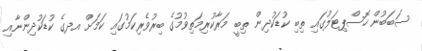
ސަބަބުން ހޮސްޕިޓަލުގައި ތިބި ކުޑަކުދިން ތިބީ މަރާކުރިމަތިވުމުގެ ބިރުވެރިކަމުގައި ކަމަށް އދގެ ކުޑަކުދިންނާއި